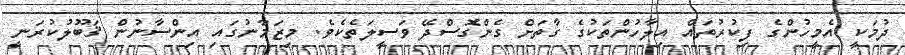
ދުމަކީ އެމީހުންގެ ފިކުރުތައް އިލާހުންތަކުގެ ގާތަށް ގެންގޮސްދޭ ވަސީލަތެކެވެ. މިޒަމާނުގައި އިންސާނުން ޤަބޫލުކުރަނީ